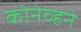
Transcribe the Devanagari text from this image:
कोनेव्हने